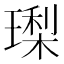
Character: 𭹳